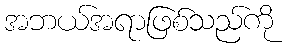
အဘယ်အရာဖြစ်သည်ကို